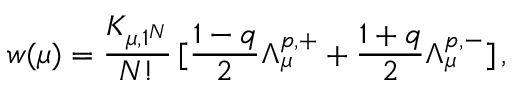
w ( \mu ) = \frac { K _ { \mu , 1 ^ { N } } } { N ! } \, [ \frac { 1 - q } { 2 } \Lambda _ { \mu } ^ { p , + } + \frac { 1 + q } { 2 } \Lambda _ { \mu } ^ { p , - } ] \, ,